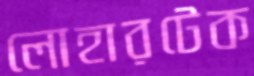
লোহারটেক